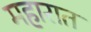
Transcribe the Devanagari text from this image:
महारात